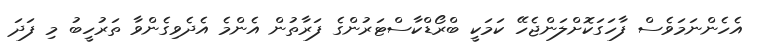
އެހެންނަމަވެސް ފާހަގަކޮށްލަންޖެހޭ ކަމަކީ ބްރޯޑްކާސްޓަރުންގެ ފަރާތުން އެންމެ އެދެވިގެންވާ ތަރުހީބު މި ފަދަ